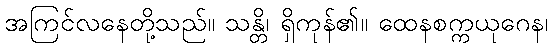
အကြင်လနေတို့သည်။ သန္တိ၊ ရှိကုန်၏။ ထေနစက္ကယုဂေန၊